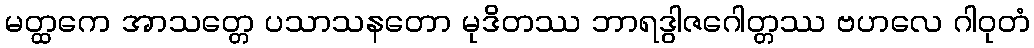
မတ္ထကေ အာသတ္တေ ပသာသနတော မုဒိတဿ ဘာရဒွါဇဂေါတ္တဿ ဗဟလေ ဂါဝုတံ